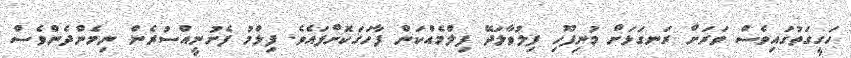
ހަގީގަތުގައިވެސް ވަރަށް ރަނގަޅަށް މުނިފޫހި ފިލުވާލަދޭ ފިލްމެއްކަން ފާހަގަކޮށްފައެވެ. ފިލްމު ފެށުނީއްސުރެން ނިމެންދެންވެސް